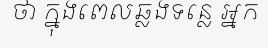
ថា ក្នុងពេលឆ្លងទន្លេ អ្នក